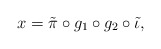
\begin{align*}x = \tilde{\pi} \circ g_1 \circ g_2 \circ \tilde{\iota},\end{align*}